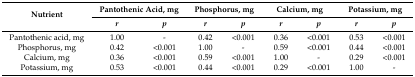
<table><thead><tr><td rowspan="2"><b>Nutrient</b></td><td colspan="2"><b>Pantothenic Acid, mg</b></td><td colspan="2"><b>Phosphorus, mg</b></td><td colspan="2"><b>Calcium, mg</b></td><td colspan="2"><b>Potassium, mg</b></td></tr><tr><td><b><i>r</i></b></td><td><b><i>p</i></b></td><td><b><i>r</i></b></td><td><b><i>p</i></b></td><td><b><i>r</i></b></td><td><b><i>p</i></b></td><td><b><i>r</i></b></td><td><b><i>p</i></b></td></tr></thead><tbody><tr><td>Pantothenic acid, mg</td><td>1.00</td><td>-</td><td>0.42</td><td>&lt;0.001</td><td>0.36</td><td>&lt;0.001</td><td>0.53</td><td>&lt;0.001</td></tr><tr><td>Phosphorus, mg</td><td>0.42</td><td>&lt;0.001</td><td>1.00</td><td>-</td><td>0.59</td><td>&lt;0.001</td><td>0.44</td><td>&lt;0.001</td></tr><tr><td>Calcium, mg</td><td>0.36</td><td>&lt;0.001</td><td>0.59</td><td>&lt;0.001</td><td>1.00</td><td>-</td><td>0.29</td><td>&lt;0.001</td></tr><tr><td>Potassium, mg</td><td>0.53</td><td>&lt;0.001</td><td>0.44</td><td>&lt;0.001</td><td>0.29</td><td>&lt;0.001</td><td>1.00</td><td>-</td></tr></tbody></table>